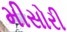
મીસોરી